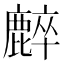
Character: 𪋌